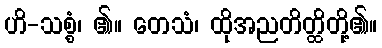
ဟိ-သစ္စံ၊ ၏။ တေသံ၊ ထိုအညတိတ္ထိတို့၏။